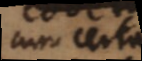
quae certo